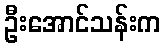
ဦးအောင်သန်းက